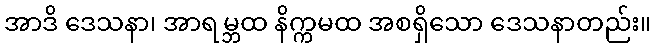
အာဒိ ဒေသနာ၊ အာရမ္ဘထ နိက္ကမထ အစရှိသော ဒေသနာတည်း။